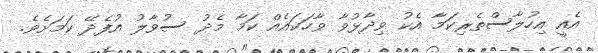
އެއީ އިހުލާސްތެރިކަމާ އެކު ވިދާޅުވާ ވާހަކައެއް ކަމާ މެދު ސުވާލު އުފެދޭ ކަމަށެވެ.